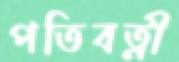
পতিবত্নী